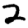
Digit: 2